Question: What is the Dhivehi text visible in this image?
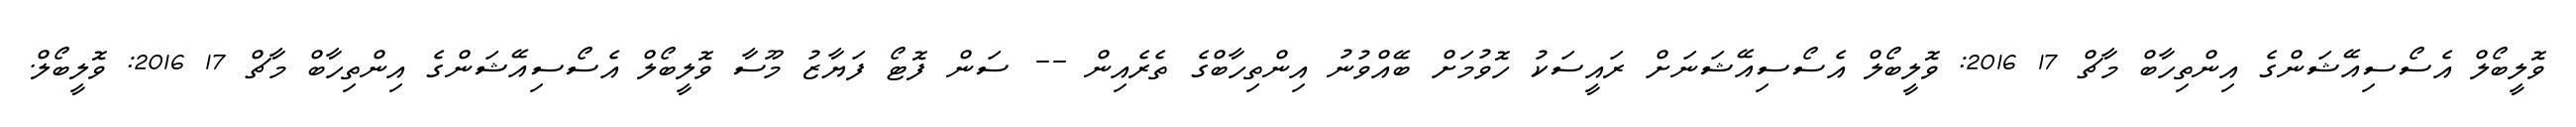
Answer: ވޮލީބޯލް އެސޯސިއޭޝަންގެ އިންތިހާބް މާޗް 17 2016: ވޮލީބޯލް އެސޯސިއޭޝަނަށް ރައީސަކު ހޮވުމަށް ބޭއްވުނު އިންތިހާބްގެ ތެރެއިން -- ސަން ފޮޓޯ ފަޔާޒު މޫސާ ވޮލީބޯލް އެސޯސިއޭޝަންގެ އިންތިހާބް މާޗް 17 2016: ވޮލީބޯލް.